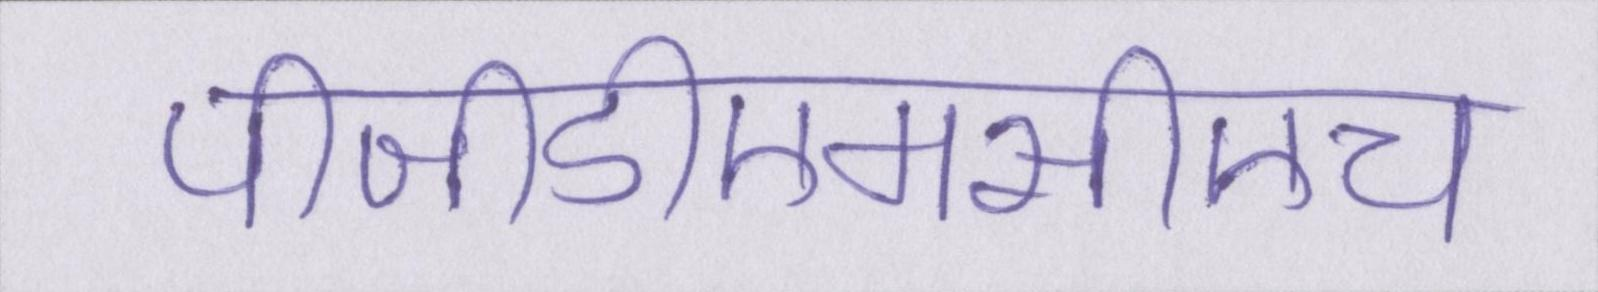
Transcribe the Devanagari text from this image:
पीजीडीएमसीएच